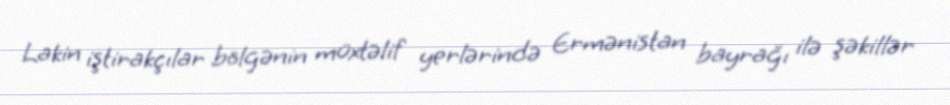
Lakin iştirakçılar bölgənin müxtəlif yerlərində Ermənistan bayrağı ilə şəkillər